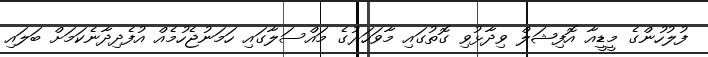
ފުލުހުންގެ މީޑީއާ އޮފިޝަލް ވިދާޅުވި ގޮތުގައި މާވަހަރުގެ މައްސަލާގައި ހަމަނުޖެހުމެއް އުފެދިދާނެކަމަށް ބަލައި